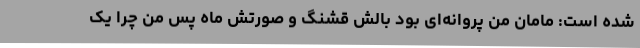
شده است: مامان من پروانه‌ای بود بالش قشنگ و صورتش ماه پس من چرا یک